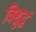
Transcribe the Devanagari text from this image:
विशुद्धं